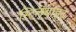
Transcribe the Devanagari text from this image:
स्टिलबाइट